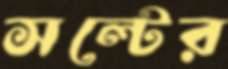
সল্টের